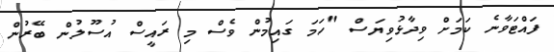
ފައްޓަވާނެ ކަމަށް ވިދާޅުވިޔަސް "ހަމަ ގައިމުން ވެސް މި ރައީސް އުސޫލުން ބޭރުން